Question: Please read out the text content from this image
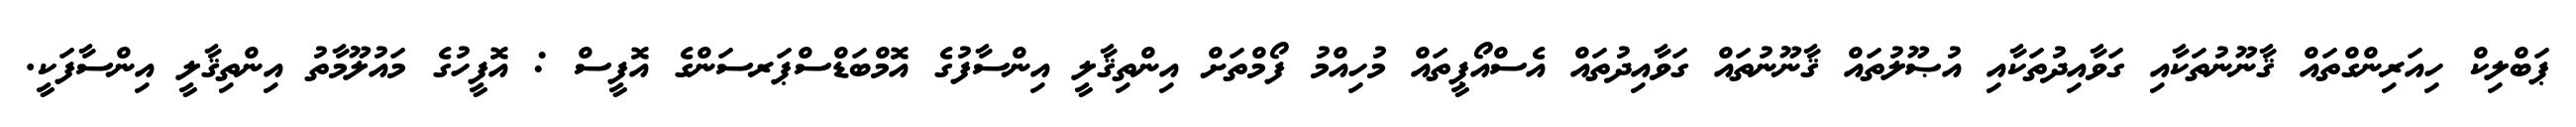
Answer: ޕަބްލިކް ހިއަރިންގްތައް ޤާނޫނުތަކާއި ގަވާއިދުތަކާއި އުޞޫލުތައް ޤާނޫނުތައް ގަވާއިދުތައް އެސްއޯޕީތައް މުހިއްމު ފޯމްތަށް އިންތިޤާލީ އިންސާފުގެ އޮމްބަޑްސްޕަރސަންގެ އޮފީސް : އޮފީހުގެ މައުލޫމާތު އިންތިޤާލީ އިންސާފަކީ.